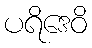
ပရိဒေဝိ